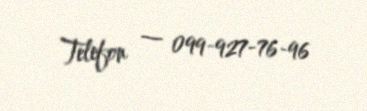
Telefon — 099-927-76-96